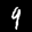
Label: 9